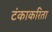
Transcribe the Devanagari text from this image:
टंकाकरिता